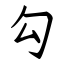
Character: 勾